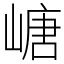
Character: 嵣